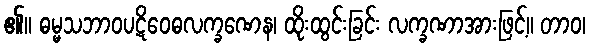
၏။ ဓမ္မသဘာဝပဋိဝေဓလက္ခဏေန၊ ထိုးထွင်းခြင်း လက္ခဏာအားဖြင့်။ တာဝ၊